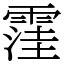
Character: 䨟